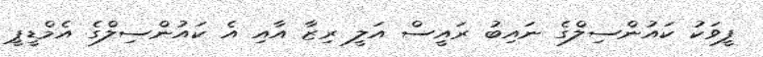
ފީވަކު ކައުންސިލްގެ ނައިބު ރައީސް އަލީ ރިޒާ އާއި އެ ކައުންސިލްގެ އެމްޑީޕީ